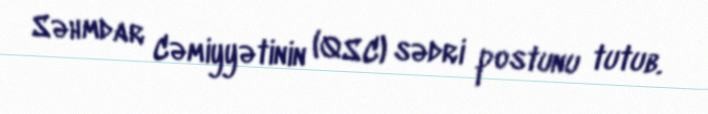
Səhmdar Cəmiyyətinin (QSC) sədri postunu tutub.